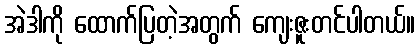
အဲဒါကို ထောက်ပြတဲ့အတွက် ကျေးဇူးတင်ပါတယ်။